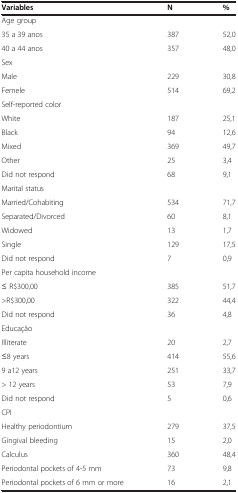
<table><thead><tr><td><b>Variables</b></td><td><b>N</b></td><td><b>%</b></td></tr></thead><tbody><tr><td>Age group</td><td> </td><td> </td></tr><tr><td>35 a 39 anos</td><td>387</td><td>52,0</td></tr><tr><td>40 a 44 anos</td><td>357</td><td>48,0</td></tr><tr><td>Sex</td><td> </td><td> </td></tr><tr><td>Male</td><td>229</td><td>30,8</td></tr><tr><td>Femele</td><td>514</td><td>69,2</td></tr><tr><td>Self-reported color</td><td> </td><td> </td></tr><tr><td>White</td><td>187</td><td>25,1</td></tr><tr><td>Black</td><td>94</td><td>12,6</td></tr><tr><td>Mixed</td><td>369</td><td>49,7</td></tr><tr><td>Other</td><td>25</td><td>3,4</td></tr><tr><td>Did not respond</td><td>68</td><td>9,1</td></tr><tr><td>Marital status</td><td> </td><td> </td></tr><tr><td>Married/Cohabiting</td><td>534</td><td>71,7</td></tr><tr><td>Separated/Divorced</td><td>60</td><td>8,1</td></tr><tr><td>Widowed</td><td>13</td><td>1,7</td></tr><tr><td>Single</td><td>129</td><td>17,5</td></tr><tr><td>Did not respond</td><td>7</td><td>0,9</td></tr><tr><td>Per capita household income</td><td> </td><td> </td></tr><tr><td>≤ R$300,00</td><td>385</td><td>51,7</td></tr><tr><td>&gt;R$300,00</td><td>322</td><td>44,4</td></tr><tr><td>Did not respond</td><td>36</td><td>4,8</td></tr><tr><td>Educação</td><td> </td><td> </td></tr><tr><td>Illiterate</td><td>20</td><td>2,7</td></tr><tr><td>≤8 years</td><td>414</td><td>55,6</td></tr><tr><td>9 a12 years</td><td>251</td><td>33,7</td></tr><tr><td>&gt; 12 years</td><td>53</td><td>7,9</td></tr><tr><td>Did not respond</td><td>5</td><td>0,6</td></tr><tr><td>CPI</td><td> </td><td> </td></tr><tr><td>Healthy periodontium</td><td>279</td><td>37,5</td></tr><tr><td>Gingival bleeding</td><td>15</td><td>2,0</td></tr><tr><td>Calculus</td><td>360</td><td>48,4</td></tr><tr><td>Periodontal pockets of 4-5 mm</td><td>73</td><td>9,8</td></tr><tr><td>Periodontal pockets of 6 mm or more</td><td>16</td><td>2,1</td></tr></tbody></table>